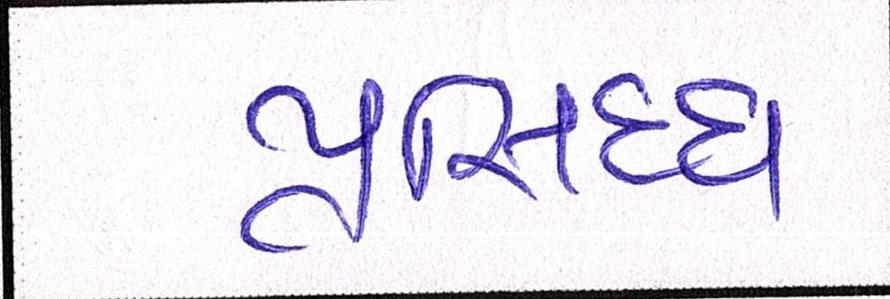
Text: પ્રસિધ્ધ